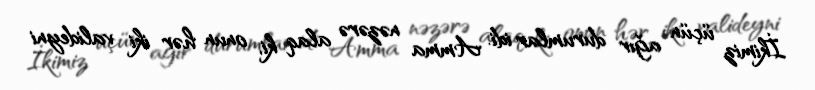
İkimiz üçün ağır durumlar idi. Amma nəzərə alaq ki, onun hər iki valideyni